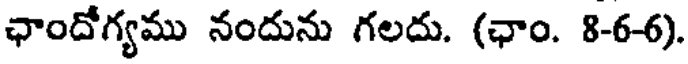
ఛాందోగ్యము నందును గలదు. (ఛాం. 8-6-6).